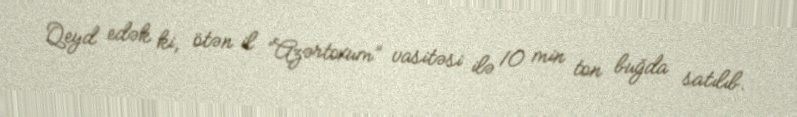
Qeyd edək ki, ötən il “Azərtoxum” vasitəsi ilə 10 min ton buğda satılıb.